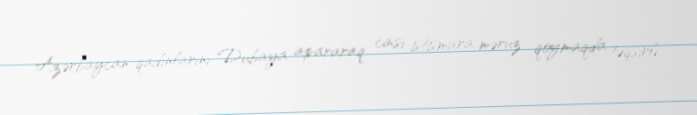
Azərbaycan qadınlarını Dubaya apararaq cinsi istismara məruz qoymaqda təqsirli